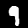
Digit: 9